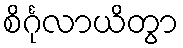
စိင်္ဂုလာယိတွာ